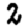
Digit: 2